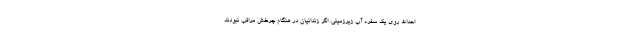
احداث روی یک سفره آب زیرزمینی، اگر زندانیان در هنگام چرخش مراقب نبودند